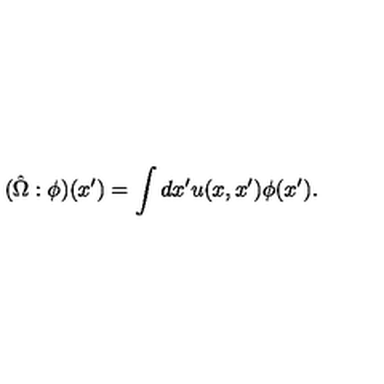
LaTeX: ( \hat { \Omega } : \phi ) ( x ^ { \prime } ) = \int d x ^ { \prime } u ( x , x ^ { \prime } ) \phi ( x ^ { \prime } ) .